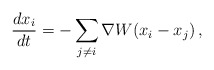
\begin{align*} \frac{d x_i}{d t} = - \sum_{j \neq i} \nabla W(x_i-x_j)\,,\end{align*}